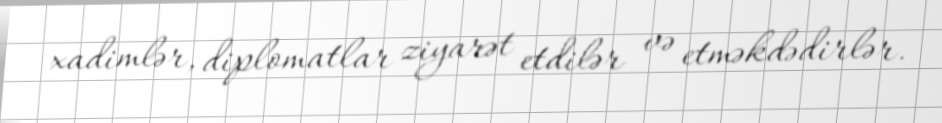
xadimlər, diplomatlar ziyarət etdilər və etməkdədirlər.